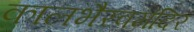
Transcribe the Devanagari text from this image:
कालभैरवमंदिर